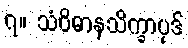
၇။ သံဝိဓာနသိက္ခာပုဒ်